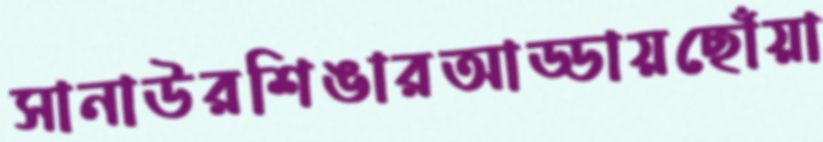
সানাউরশিঙারআড্ডায়ছোঁয়া